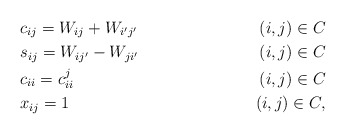
\begin{align*}&c_{ij} = W_{ij} + W_{i'j'} & (i,j)\in C\\ &s_{ij} = W_{ij'} - W_{ji'} & (i,j)\in C\\ & c_{ii}= c_{ii}^j &(i,j) \in C \\&x_{ij} = 1 & (i,j)\in C ,\end{align*}